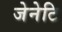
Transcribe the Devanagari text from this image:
जेनेटि